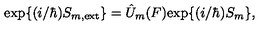
\mathrm { e x p } \{ ( i / \hbar ) S _ { m , \mathrm { e x t } } \} = \hat { U } _ { m } ( F ) \mathrm { e x p } \{ ( i / \hbar ) S _ { m } \} ,